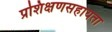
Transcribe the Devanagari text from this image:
प्रशिक्षणसहायता